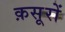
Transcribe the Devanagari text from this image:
क़सूरों